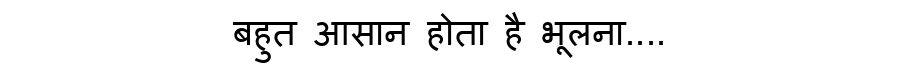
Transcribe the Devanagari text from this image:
बहुत आसान होता है भूलना....